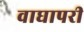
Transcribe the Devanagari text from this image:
वाघापरी